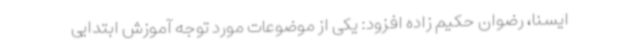
ایسنا، رضوان حکیم زاده افزود: یکی از موضوعات مورد توجه آموزش ابتدایی